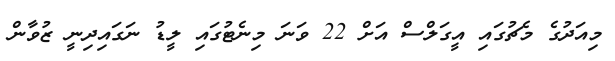
މިއަދުގެ މެޗުގައި އީގަލްސް އަށް 22 ވަނަ މިނެޓުގައި ލީޑު ނަގައިދިނީ ޒުވާން